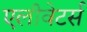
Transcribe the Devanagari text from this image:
एलीवेटर्स